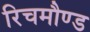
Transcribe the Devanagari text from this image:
रिचमौण्ड